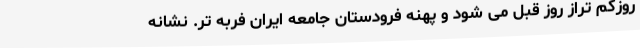
روزکم تراز روز قبل می شود و پهنه فرودستان جامعه ایران فربه تر. نشانه